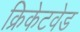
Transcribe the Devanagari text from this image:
क्रिकेटवेड